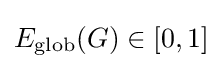
E_{\text{glob}}(G)\in [0,1]